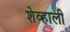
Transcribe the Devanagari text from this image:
शेव्हाली